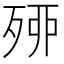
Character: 𣨇